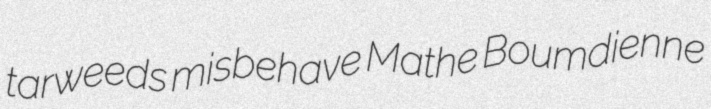
tarweeds misbehave Mathe Boumdienne